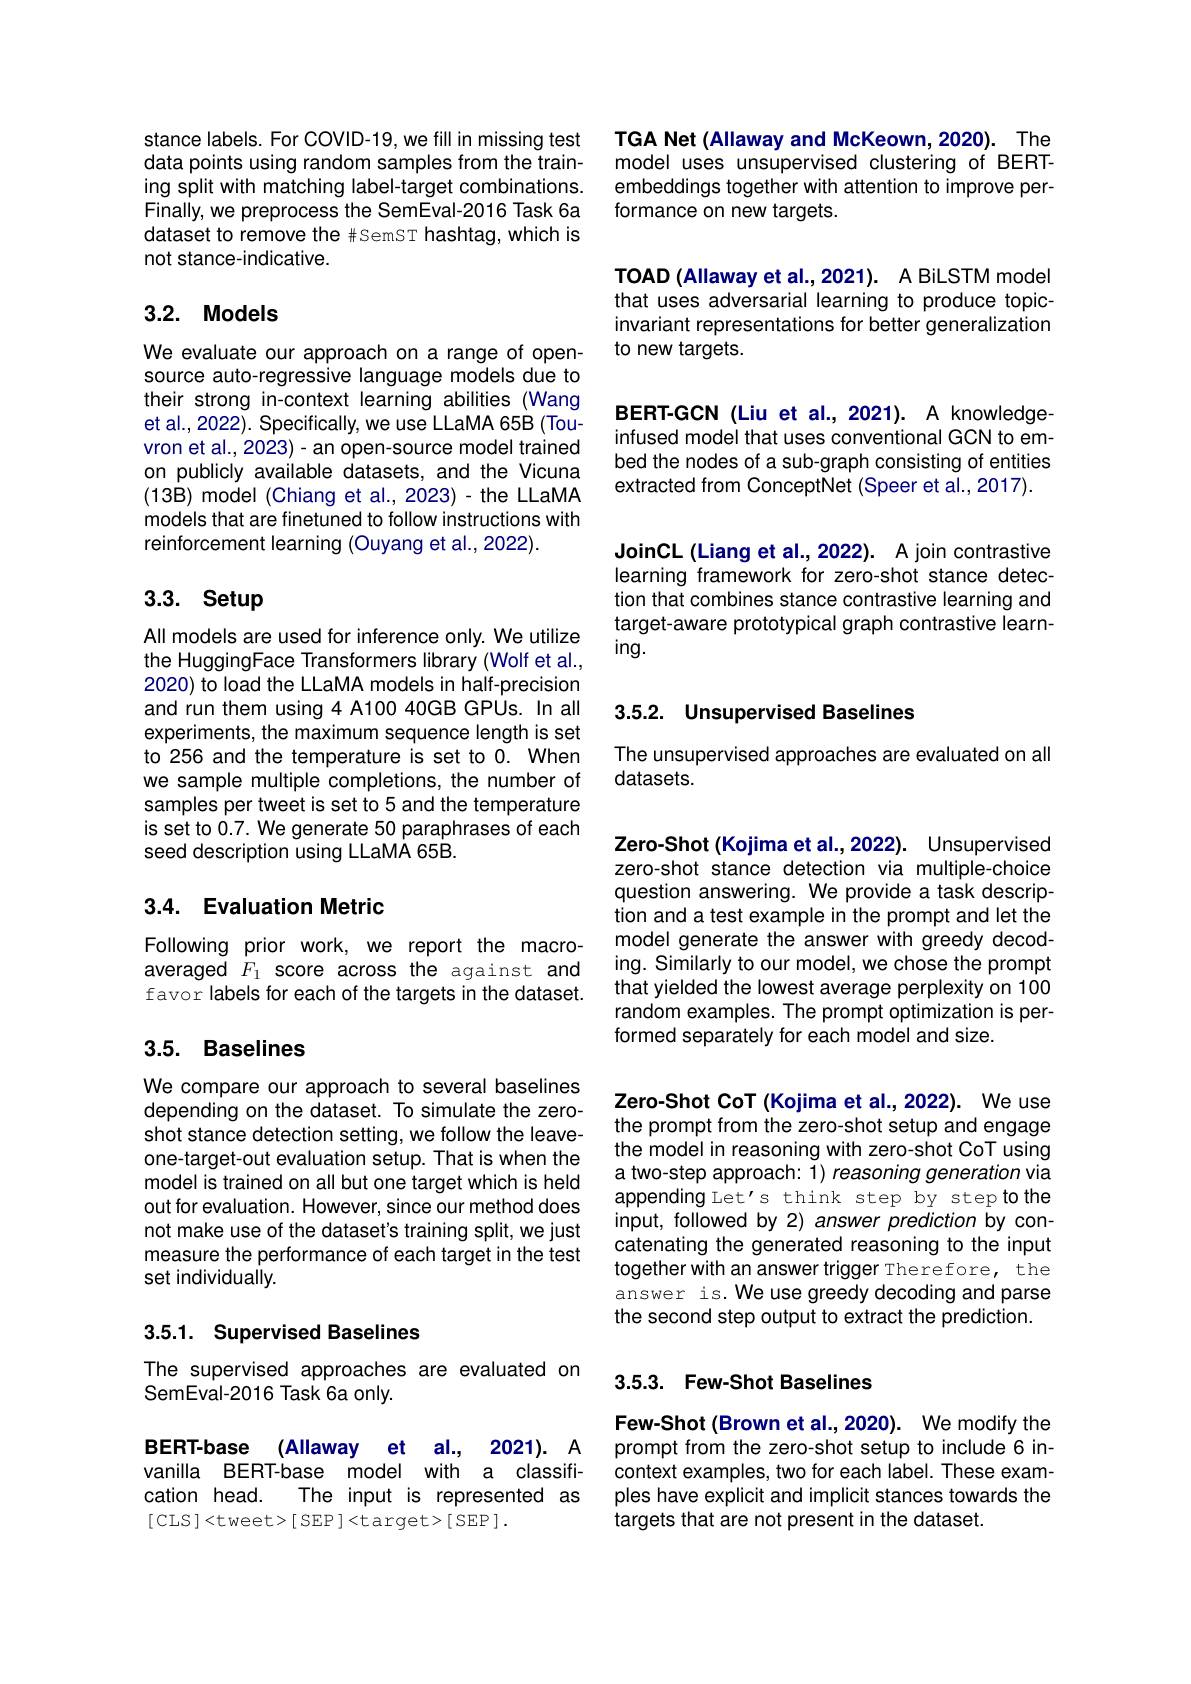
stance labels. For COVID-19, we fill in missing test data points using random samples from the training split with matching label-target combinations. Finally, we preprocess the SemEval-2016 Task 6a dataset to remove the #SemST hashtag, which is not stance-indicative.

## 3.2. Models

We evaluate our approach on a range of opensource auto-regressive language models due to their strong in-context learning abilities (Wang et al., 2022). Specifically, we use LLaMA 65B (Touvron et al., 2023) - an open-source model trained on publicly available datasets, and the Vicuna (13B) model (Chiang et al., 2023) - the LLaMA models that are finetuned to follow instructions with reinforcement learning (Ouyang et al., 2022).

# 3.3. Setup

All models are used for inference only. We utilize the HuggingFace Transformers library (Wolf et al., 2020) to load the LLaMA models in half-precision and run them using 4 A100 40GB GPUs. In all experiments, the maximum sequence length is set to 256 and the temperature is set to 0. When we sample multiple completions, the number of samples per tweet is set to 5 and the temperature is set to 0.7. We generate 50 paraphrases of each seed description using LLaMA 65B.

## 3.4. Evaluation Metric

Following prior work, we report the macroaveraged $F_1$ score across the against and favor labels for each of the targets in the dataset.

## 3.5. Baselines

We compare our approach to several baselines depending on the dataset. To simulate the zeroshot stance detection setting, we follow the leaveone-target-out evaluation setup. That is when the model is trained on all but one target which is held out for evaluation. However, since our method does not make use of the dataset's training split, we just measure the performance of each target in the test set individually.

## 3.5.1. Supervised Baselines

The supervised approaches are evaluated on
SemEval-2016 Task 6a only.

BERT-base (Allaway et al., 2021). A vanilla BERT-base model with a classification head. The input is represented as [CLS ]<tweet>[ SEP ]<target>[ SEP ].

TGA Net (Allaway and McKeown, 2020). The model uses unsupervised clustering of BERTembeddings together with attention to improve performance on new targets.

TOAD (Allaway et al.,2021). A BiLSTM model that uses adversarial learning to produce topicinvariant representations for better generalization to new targets.

BERT-GCN (Liu et al., 2021). A knowledgeinfused model that uses conventional GCN to embed the nodes of a sub-graph consisting of entities extracted from ConceptNet (Speer et al., 2017).

JoinCL (Liang et al., 2022). A join contrastive learning framework for zero-shot stance detection that combines stance contrastive learning and target-aware prototypical graph contrastive learning.

## 3.5.2. Unsupervised Baselines

The unsupervised approaches are evaluated on all
datasets.

Zero-Shot (Kojima et al., 2022). Unsupervised zero-shot stance detection via multiple-choice question answering. We provide a task description and a test example in the prompt and let the model generate the answer with greedy decoding. Similarly to our model, we chose the prompt that yielded the lowest average perplexity on 100 random examples. The prompt optimization is performed separately for each model and size.

Zero-Shot CoT (Kojima et al.,2022). We use the prompt from the zero-shot setup and engage the model in reasoning with zero-shot CoT using a two-step approach: 1) reasoning generation via appending Let's think step by step to the input, followed by 2) answer prediction by concatenating the generated reasoning to the input together with an answer trigger Therefore, the answer is. We use greedy decoding and parse the second step output to extract the prediction.

## 3.5.3. Few-Shot Baselines

Few-Shot (Brown et al., 2020). We modify the prompt from the zero-shot setup to include 6 incontext examples, two for each label. These examples have explicit and implicit stances towards the targets that are not present in the dataset.